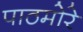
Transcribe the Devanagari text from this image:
पाठमोरे